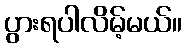
ပွားရပါလိမ့်မယ်။